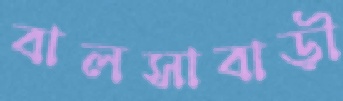
বালসাবাড়ী